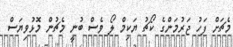
މެޗަށް ފަހު ޖަރުމަންގެ ކޯޗު ޔަކިމް ލޯ ވެސް ބުނީ މެޗުން މޮޅުވިޔަސް